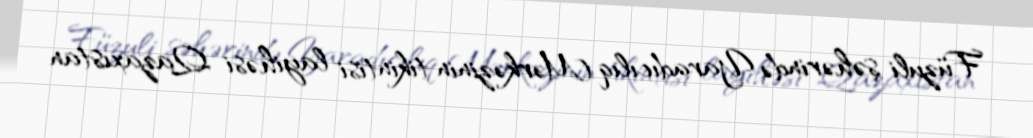
Füzuli şəhərində Yaradıcılıq Mərkəzinin tikintisi layihəsi Qazaxıstan